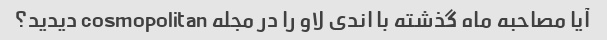
آیا مصاحبه ماه گذشته با اندی لاو را در مجله cosmopolitan دیدید؟